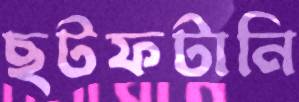
ছটফটানি